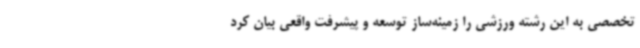
تخصصی به این رشته ورزشی را زمینه‌ساز توسعه و پیشرفت واقعی بیان کرد